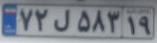
۷۲ل۵۸۳۱۹